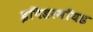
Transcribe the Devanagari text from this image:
इपिडरमॉयड